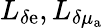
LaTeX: L_{\delta\mathrm{e}},L_{\delta\mu_{\mathrm{{a}}}}